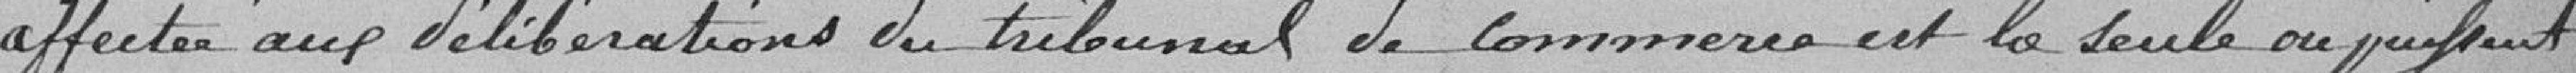
affectée aux délibérations du Tribunal de Commerce est la seule où puissent